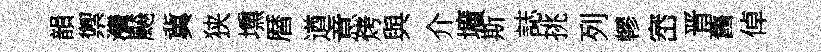
韻禦灣飇冀狭壎暦遒意烤與介壙斯誌挑列轇崈晋舊倬